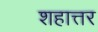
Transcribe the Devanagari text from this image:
शहात्तर